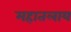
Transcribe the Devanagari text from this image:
महातलाय